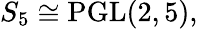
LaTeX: S_{5}\cong\operatorname{PGL}(2,5),